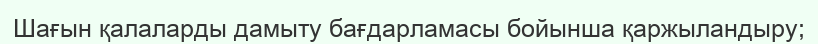
Шағын қалаларды дамыту бағдарламасы бойынша қаржыландыру;